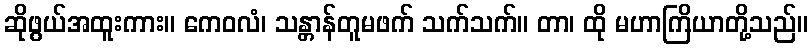
ဆိုဖွယ်အထူးကား။ ကေဝလံ၊ သန္တာန်တူမဖက် သက်သက်။ တာ၊ ထို မဟာကြိယာတို့သည်။